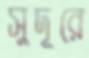
সুদূরে